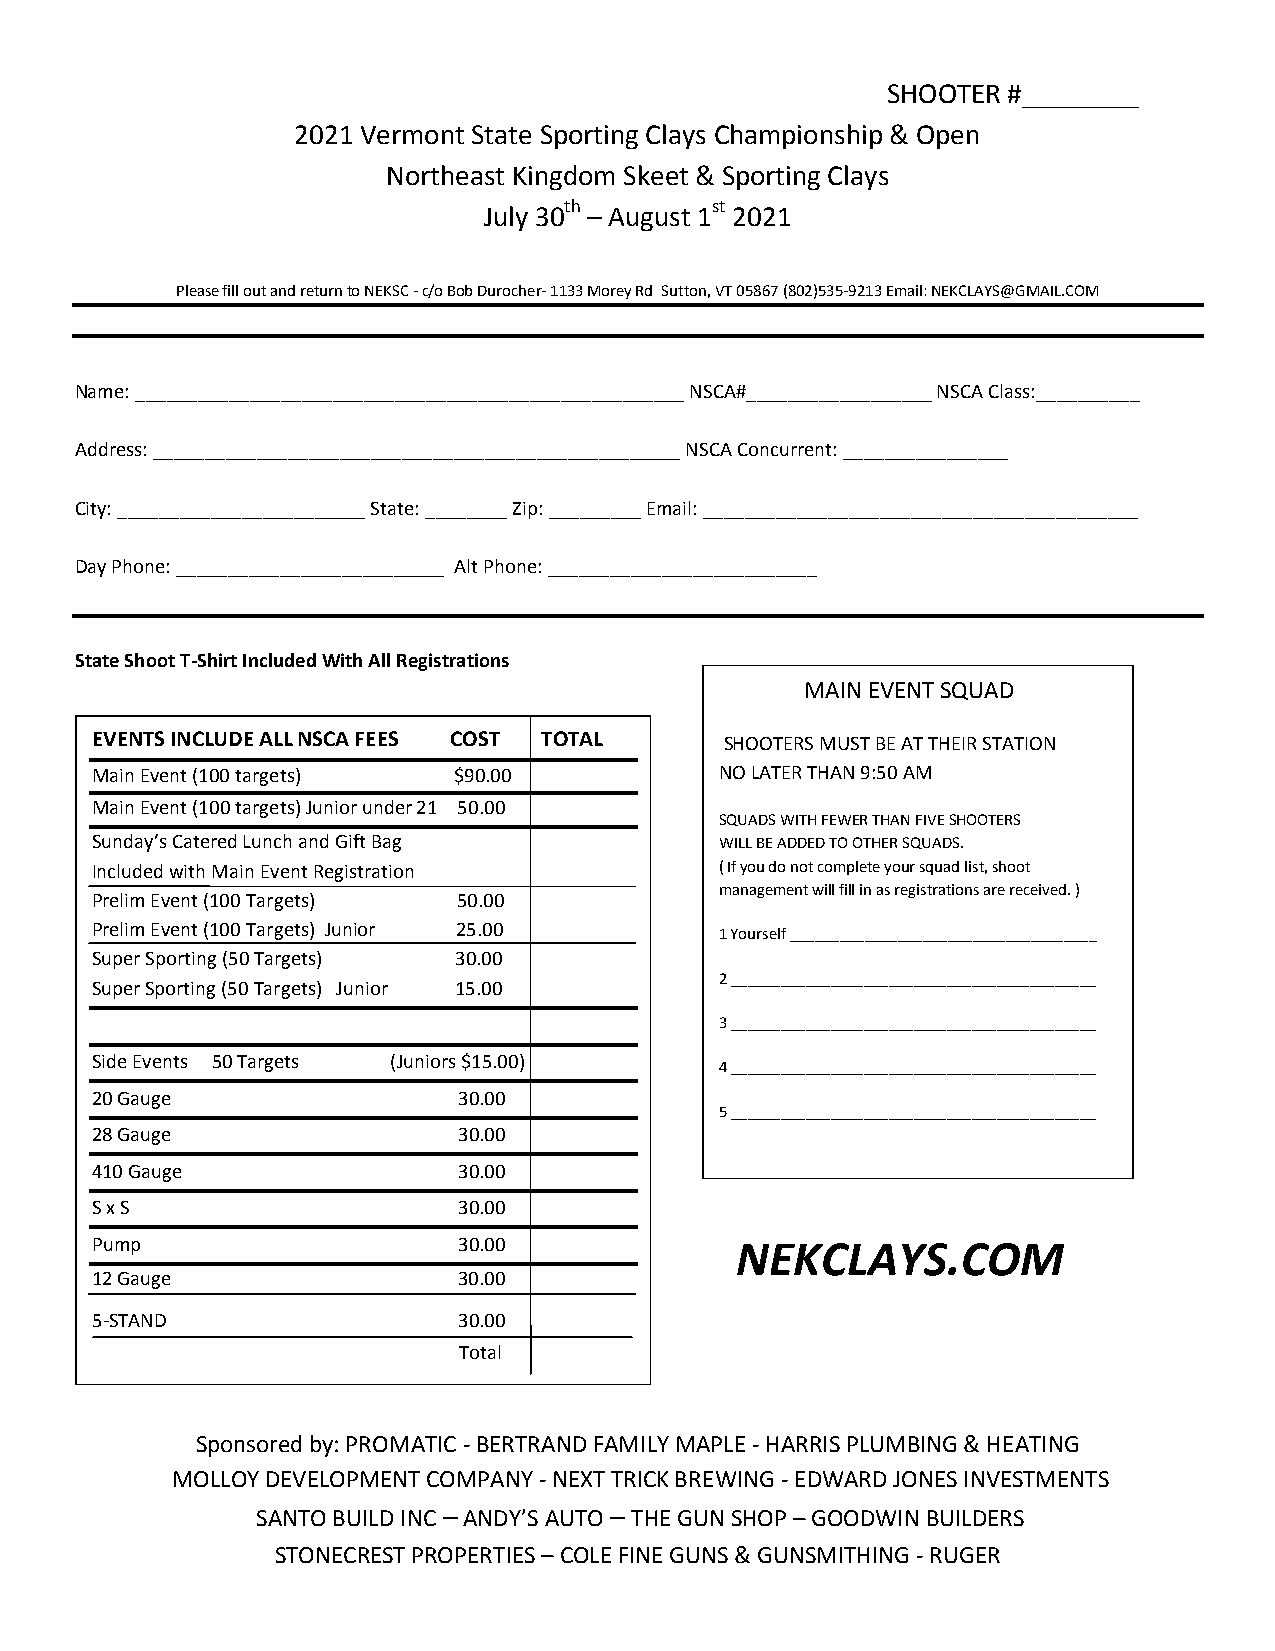
SHOOTER #________
 2021 Vermont State Sporting Clays Championship & Open
 Northeast Kingdom Skeet & Sporting Clays
 July 30th – August 1st 2021
 Please fill out and return to NEKSC - c/o Bob Durocher- 1133 Morey Rd Sutton, VT 05867 (802)535-9213 Email: NEKCLAYS@GMAIL.COM
 Name: _____________________________________________________ NSCA#__________________ NSCA Class:__________
 Address: ___________________________________________________ NSCA Concurrent: ________________
 City: ________________________ State: ________ Zip: _________ Email: __________________________________________
 Day Phone: __________________________ Alt Phone: __________________________
 State Shoot T-Shirt Included With All Registrations
 MAIN EVENT SQUAD
 EVENTS INCLUDE ALL NSCA FEES COST TOTAL   SHOOTERS MUST BE AT THEIR STATION
 Main Event (100 targets) $90.00           NO LATER THAN 9:50 AM
 Main Event (100 targets) Junior under 21 50.00
 SQUADS WITH FEWER THAN FIVE SHOOTERS
 Sunday’s Catered Lunch and Gift Bag       WILL BE ADDED TO OTHER SQUADS.
 Included with Main Event Registration     ( If you do not complete your squad list, shoot
 management will fill in as registrations are received. )
 Prelim Event (100 Targets) 50.00
 Prelim Event (100 Targets) Junior 25.00
 1 Yourself _____________________________________
 Super Sporting (50 Targets) 30.00
 2 ____________________________________________
 Super Sporting (50 Targets) Junior 15.00
 3 ____________________________________________
 Side Events 50 Targets (Juniors $15.00)
 4 ____________________________________________
 20 Gauge                30.00
 5 ____________________________________________
 28 Gauge                30.00
 410 Gauge               30.00
 S x S                   30.00
 Pump                    30.00              NEKCLAYS.COM
 12 Gauge                30.00
 5-STAND                 30.00
 Total
 Sponsored by: PROMATIC - BERTRAND FAMILY MAPLE - HARRIS PLUMBING & HEATING
 MOLLOY DEVELOPMENT COMPANY - NEXT TRICK BREWING - EDWARD JONES INVESTMENTS
 SANTO BUILD INC – ANDY’S AUTO – THE GUN SHOP – GOODWIN BUILDERS
 STONECREST PROPERTIES – COLE FINE GUNS & GUNSMITHING - RUGER